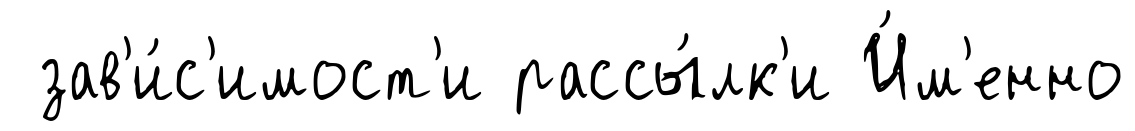
зав'и́с'имост'и рассы́лк'и И́м'енно